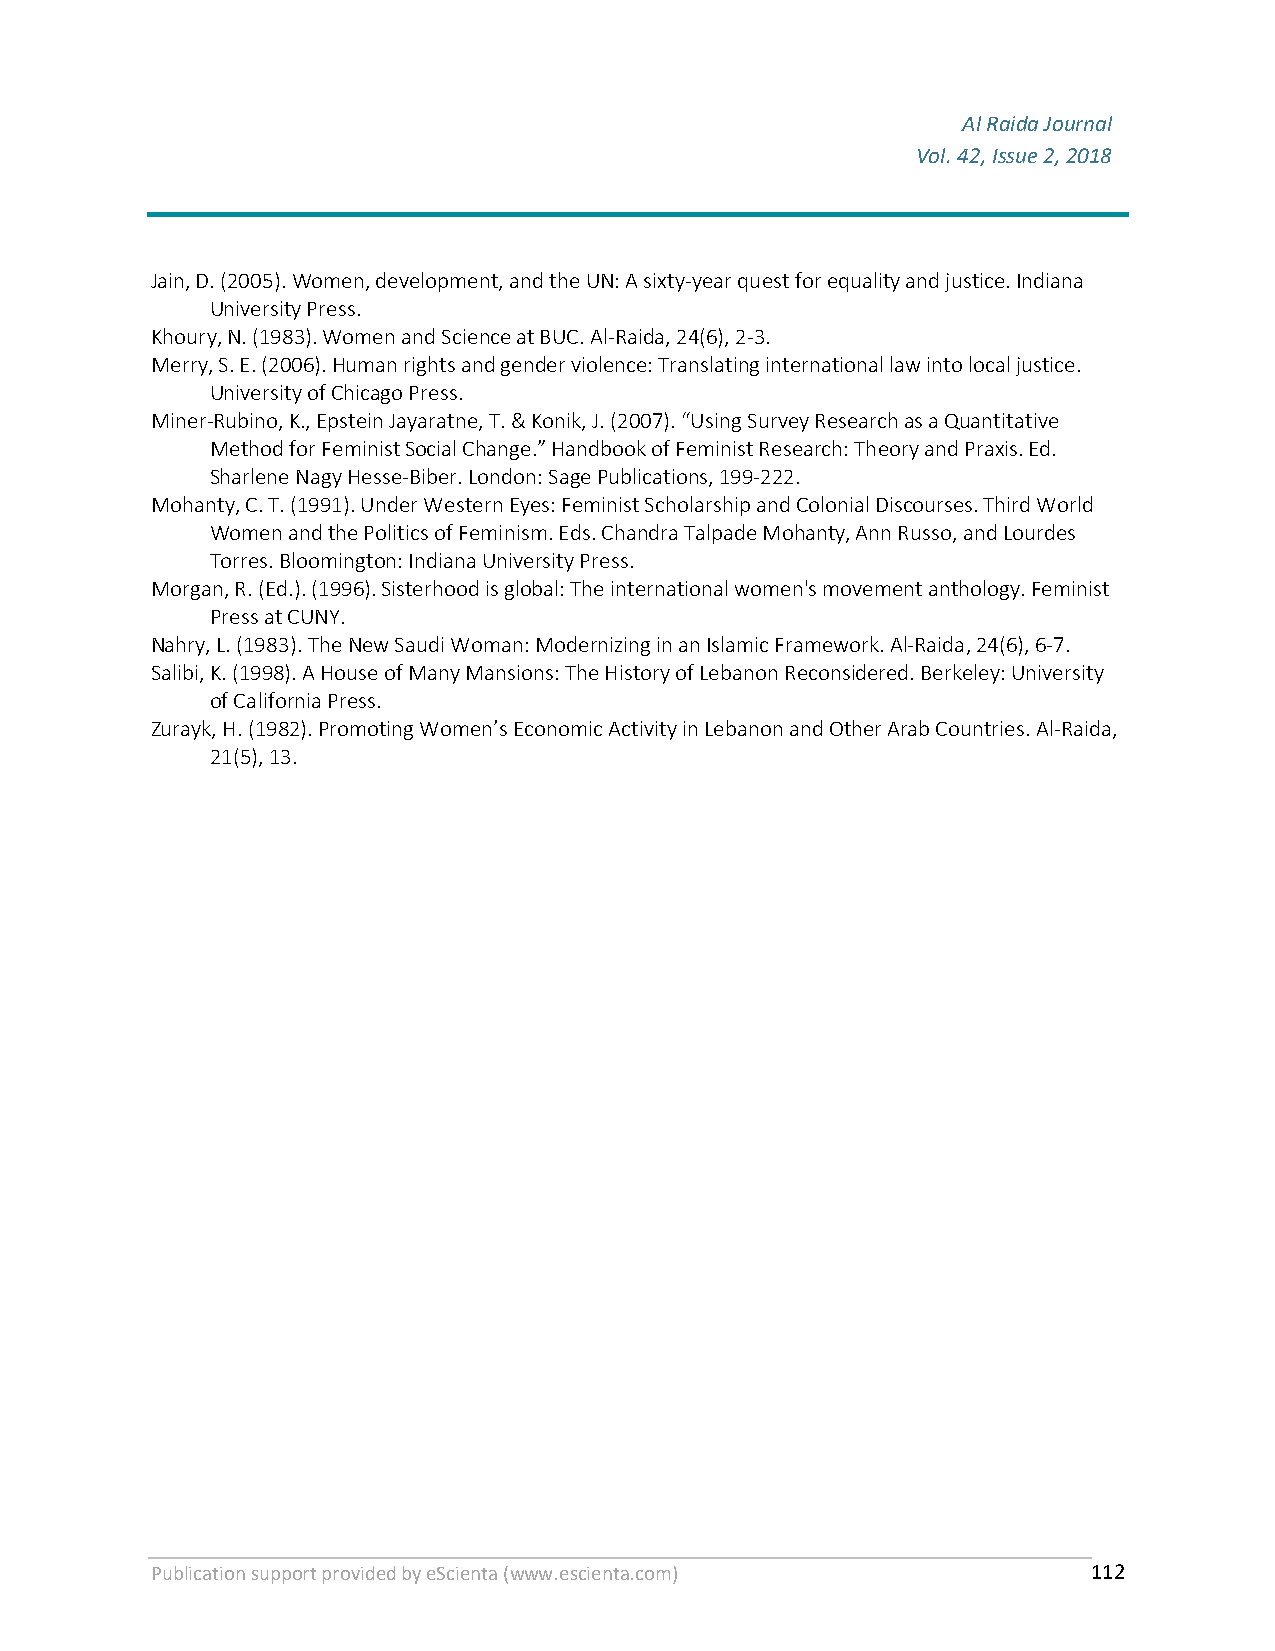
Al Raida Journal
 Vol. 42, Issue 2, 2018
 F
 Jain, D. (2005). Women, development, and the UN: A sixty-year quest for equality and justice. Indiana
 University Press.
 Khoury, N. (1983). Women and Science at BUC. Al-Raida, 24(6), 2-3.
 Merry, S. E. (2006). Human rights and gender violence: Translating international law into local justice.
 University of Chicago Press.
 Miner-Rubino, K., Epstein Jayaratne, T. & Konik, J. (2007). “Using Survey Research as a Quantitative
 Method for Feminist Social Change.” Handbook of Feminist Research: Theory and Praxis. Ed.
 Sharlene Nagy Hesse-Biber. London: Sage Publications, 199-222.
 Mohanty, C. T. (1991). Under Western Eyes: Feminist Scholarship and Colonial Discourses. Third World
 Women and the Politics of Feminism. Eds. Chandra Talpade Mohanty, Ann Russo, and Lourdes
 Torres. Bloomington: Indiana University Press.
 Morgan, R. (Ed.). (1996). Sisterhood is global: The international women's movement anthology. Feminist
 Press at CUNY.
 Nahry, L. (1983). The New Saudi Woman: Modernizing in an Islamic Framework. Al-Raida, 24(6), 6-7.
 Salibi, K. (1998). A House of Many Mansions: The History of Lebanon Reconsidered. Berkeley: University
 of California Press.
 Zurayk, H. (1982). Promoting Women’s Economic Activity in Lebanon and Other Arab Countries. Al-Raida,
 21(5), 13.
 Publication support provided by eScienta (www.escienta.com)   112